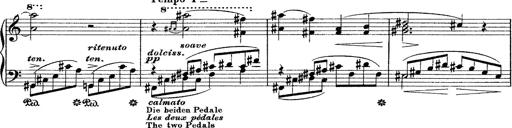
Title: Grande fantasie di bravura sur La clochette
Composer: Franz Liszt
Key: A minor